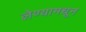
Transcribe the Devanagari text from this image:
लेण्यामधून